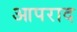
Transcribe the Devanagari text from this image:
आपराद